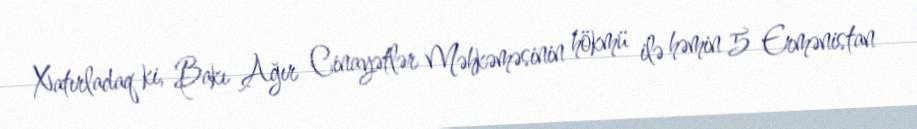
Xatırladaq ki, Bakı Ağır Cinayətlər Məhkəməsinin hökmü ilə həmin 5 Ermənistan